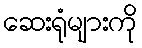
ဆေးရုံများကို